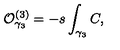
{ \cal O } _ { \gamma _ { 3 } } ^ { ( 3 ) } = - s \int _ { \gamma _ { 3 } } C ,